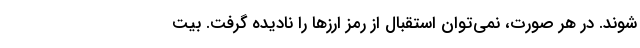
شوند. در هر صورت، نمی‌توان استقبال از رمز ارزها را نادیده گرفت. بیت